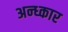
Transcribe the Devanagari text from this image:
अन्ध्कार